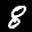
Label: 8